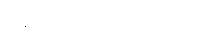
ပြန်ထောက်ပြရလိမ့်မယ်။